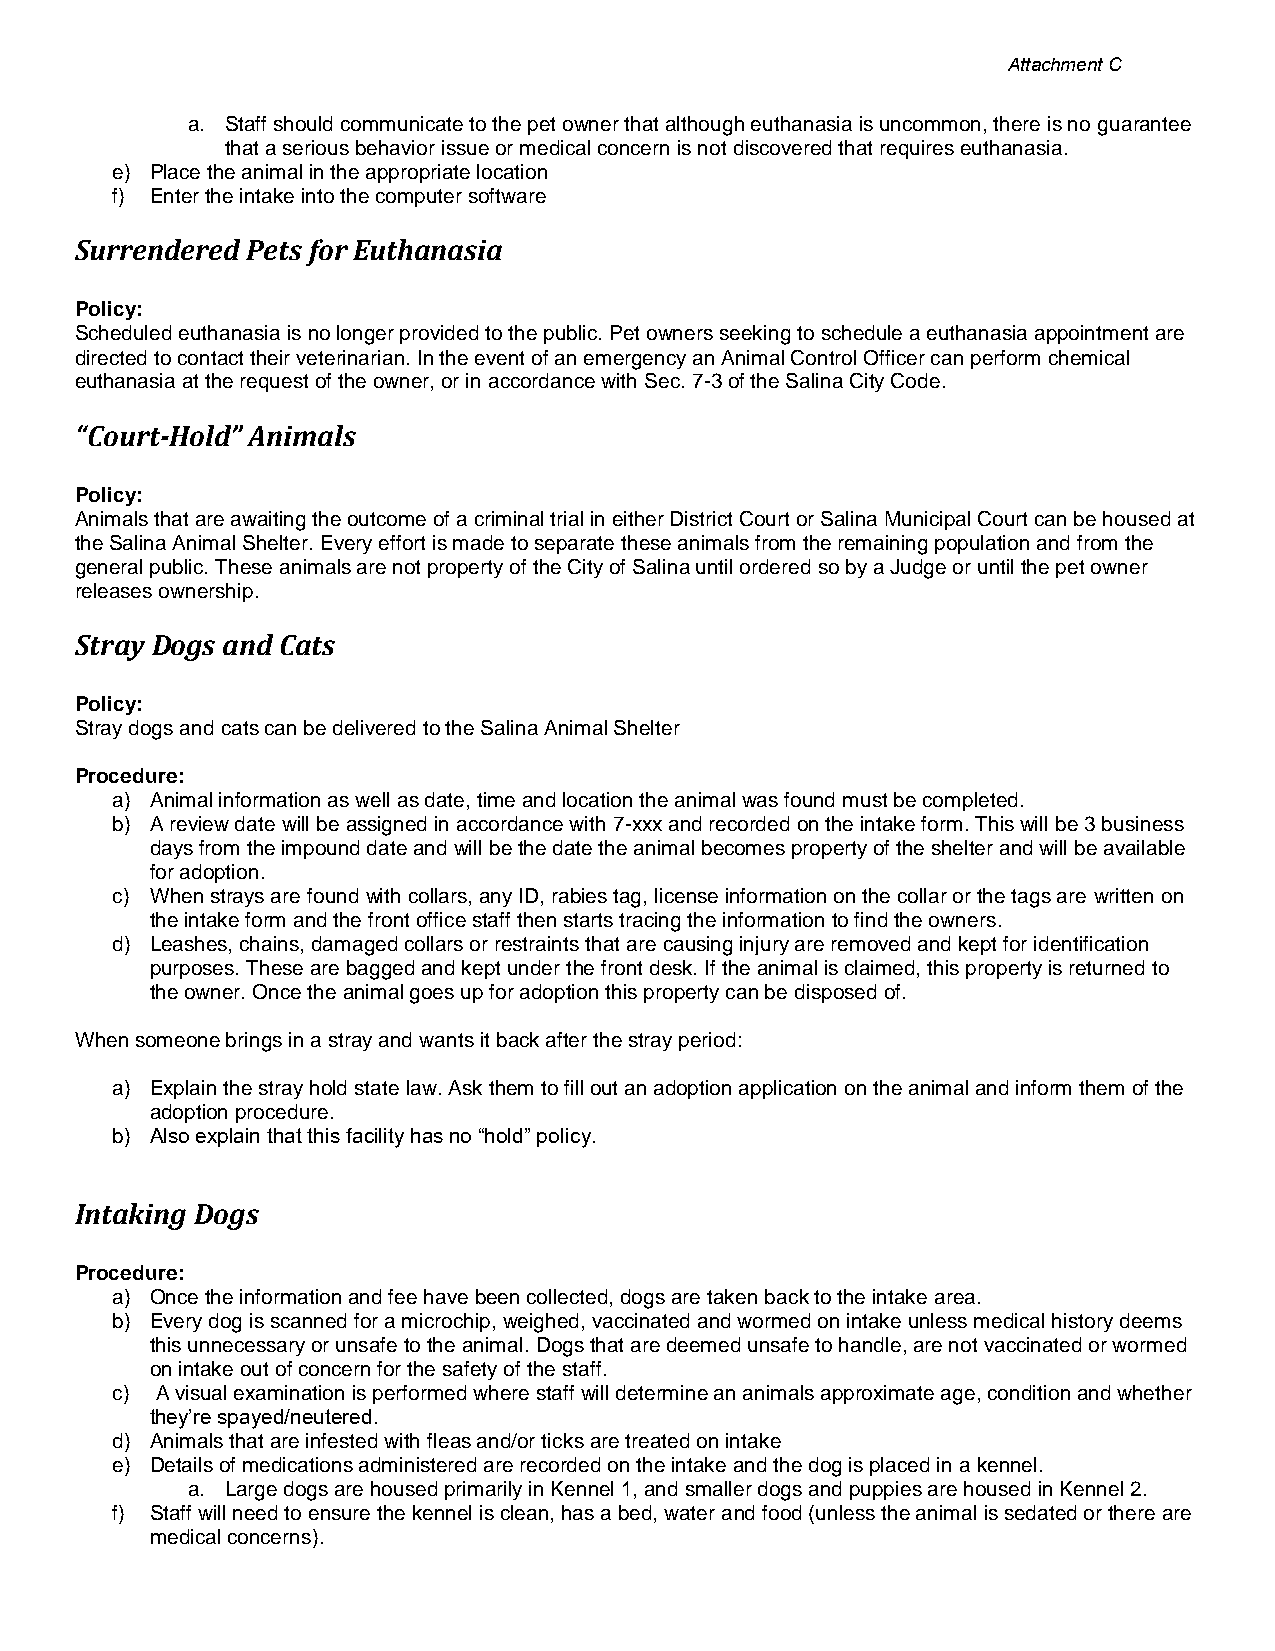
Attachment C
 a. Staff should communicate to the pet owner that although euthanasia is uncommon, there is no guarantee
 that a serious behavior issue or medical concern is not discovered that requires euthanasia.
 e) Place the animal in the appropriate location
 f) Enter the intake into the computer software
 Surrendered Pets for Euthanasia
 Policy:
 Scheduled euthanasia is no longer provided to the public. Pet owners seeking to schedule a euthanasia appointment are
 directed to contact their veterinarian. In the event of an emergency an Animal Control Officer can perform chemical
 euthanasia at the request of the owner, or in accordance with Sec. 7-3 of the Salina City Code.
 “Court-Hold” Animals
 Policy:
 Animals that are awaiting the outcome of a criminal trial in either District Court or Salina Municipal Court can be housed at
 the Salina Animal Shelter. Every effort is made to separate these animals from the remaining population and from the
 general public. These animals are not property of the City of Salina until ordered so by a Judge or until the pet owner
 releases ownership.
 Stray Dogs and Cats
 Policy:
 Stray dogs and cats can be delivered to the Salina Animal Shelter
 Procedure:
 a) Animal information as well as date, time and location the animal was found must be completed.
 b) A review date will be assigned in accordance with 7-xxx and recorded on the intake form. This will be 3 business
 days from the impound date and will be the date the animal becomes property of the shelter and will be available
 for adoption.
 c) When strays are found with collars, any ID, rabies tag, license information on the collar or the tags are written on
 the intake form and the front office staff then starts tracing the information to find the owners.
 d) Leashes, chains, damaged collars or restraints that are causing injury are removed and kept for identification
 purposes. These are bagged and kept under the front desk. If the animal is claimed, this property is returned to
 the owner. Once the animal goes up for adoption this property can be disposed of.
 When someone brings in a stray and wants it back after the stray period:
 a) Explain the stray hold state law. Ask them to fill out an adoption application on the animal and inform them of the
 adoption procedure.
 b) Also explain that this facility has no “hold” policy.
 Intaking Dogs
 Procedure:
 a) Once the information and fee have been collected, dogs are taken back to the intake area.
 b) Every dog is scanned for a microchip, weighed, vaccinated and wormed on intake unless medical history deems
 this unnecessary or unsafe to the animal. Dogs that are deemed unsafe to handle, are not vaccinated or wormed
 on intake out of concern for the safety of the staff.
 c) A visual examination is performed where staff will determine an animals approximate age, condition and whether
 they’re spayed/neutered.
 d) Animals that are infested with fleas and/or ticks are treated on intake
 e) Details of medications administered are recorded on the intake and the dog is placed in a kennel.
 a. Large dogs are housed primarily in Kennel 1, and smaller dogs and puppies are housed in Kennel 2.
 f) Staff will need to ensure the kennel is clean, has a bed, water and food (unless the animal is sedated or there are
 medical concerns).